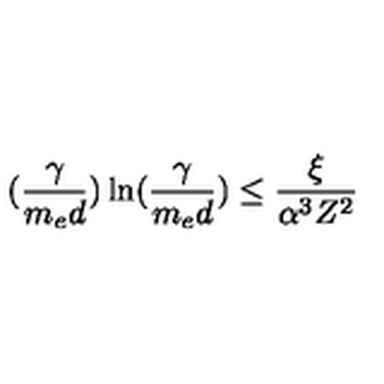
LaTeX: ( \frac { \gamma } { m _ { e } d } ) \ln ( \frac { \gamma } { m _ { e } d } ) \leq \frac { \xi } { \alpha ^ { 3 } Z ^ { 2 } }